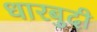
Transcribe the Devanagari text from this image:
धारबुदी